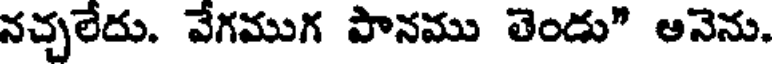
నచ్చలేదు. వేగముగ పానము తెండు" ఆనెను.